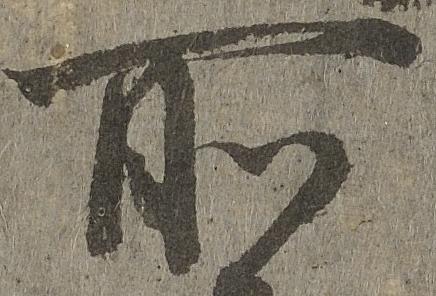
所